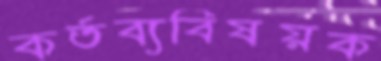
কর্তব্যবিষয়ক